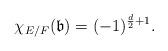
LaTeX: \begin{align*}\chi_{E/F}(\mathfrak{b}) = (-1)^{\frac{d}{2}+1}.\end{align*}